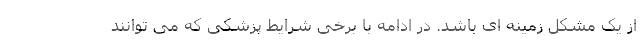
از یک مشکل زمینه ای باشد. در ادامه با برخی شرایط پزشکی که می توانند